Indian journal of veterinary science and animal husbandry - Volumes 18-21, 1948-1951
Year: 1948
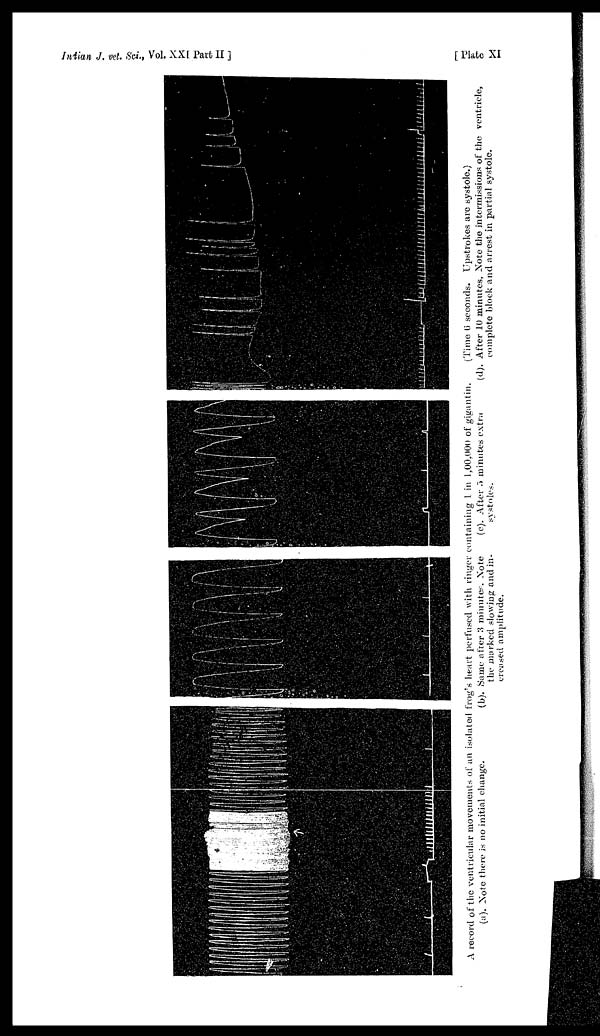
Indian J. vet. Sci., Vol. XX[ Part II ]
[ Plate XI
A record of the ventricular movements of an isolated frog's heart perfused with ringer containing 1 in 1,00,000 of gigantin.
(Time 6 seconds. Upstrokes are systole.)
(a). Note there is no initial change.
(b). Same after 3 ninrates. Note
the marked slowing and in-
creased amplitude.
(c). After 5 minutes extra
systoles.
(d). After 10 minutes, Note the intermissions of the ventricle,
complete block and arrest in partial systole.